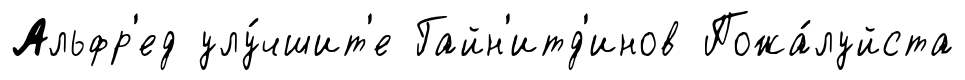
Альфр'ед улу́чшит'е Гайн'итд'инов Пожа́луйста